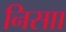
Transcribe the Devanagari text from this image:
निसाा